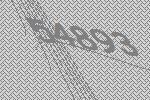
54893